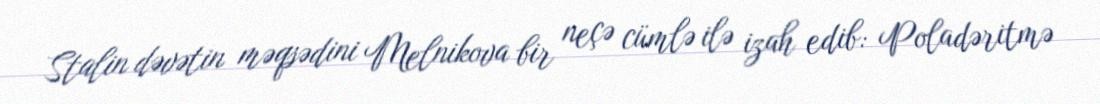
Stalin dəvətin məqsədini Melnikova bir neçə cümlə ilə izah edib: Poladəritmə